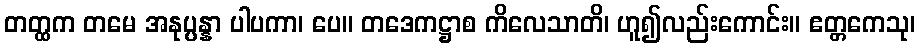
တတ္ထက တမေ အနုပ္ပန္နာ ပါပကာ၊ ပေ။ တဒေကဋ္ဌာစ ကိလေသာတိ၊ ဟူ၍လည်းကောင်း။ ဧတ္တကေသု၊